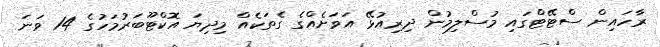
ރާހައިން ސްޓޭޓްގައި މުސްލިމުން ދިރިއުޅޭ އަވަށެއްގެ ގެތަކެއް މިދިޔަ އޮކްޓޫބަރުމަހުގެ 14 ވަނަ